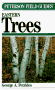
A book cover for Eastern Trees (Peterson Field Guides); George A. Petrides; Crafts, Hobbies & Home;